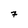
Character: 7